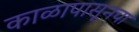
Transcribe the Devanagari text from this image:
काळापासूनचा